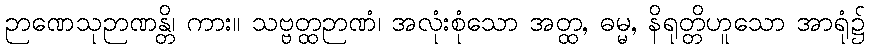
ဉာဏေသုဉာဏန္တိ၊ ကား။ သဗ္ဗတ္ထဉာဏံ၊ အလုံးစုံသော အတ္ထ, ဓမ္မ, နိရုတ္တိဟူသော အာရုံ၌